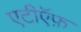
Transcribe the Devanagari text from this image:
एटीऍफ़